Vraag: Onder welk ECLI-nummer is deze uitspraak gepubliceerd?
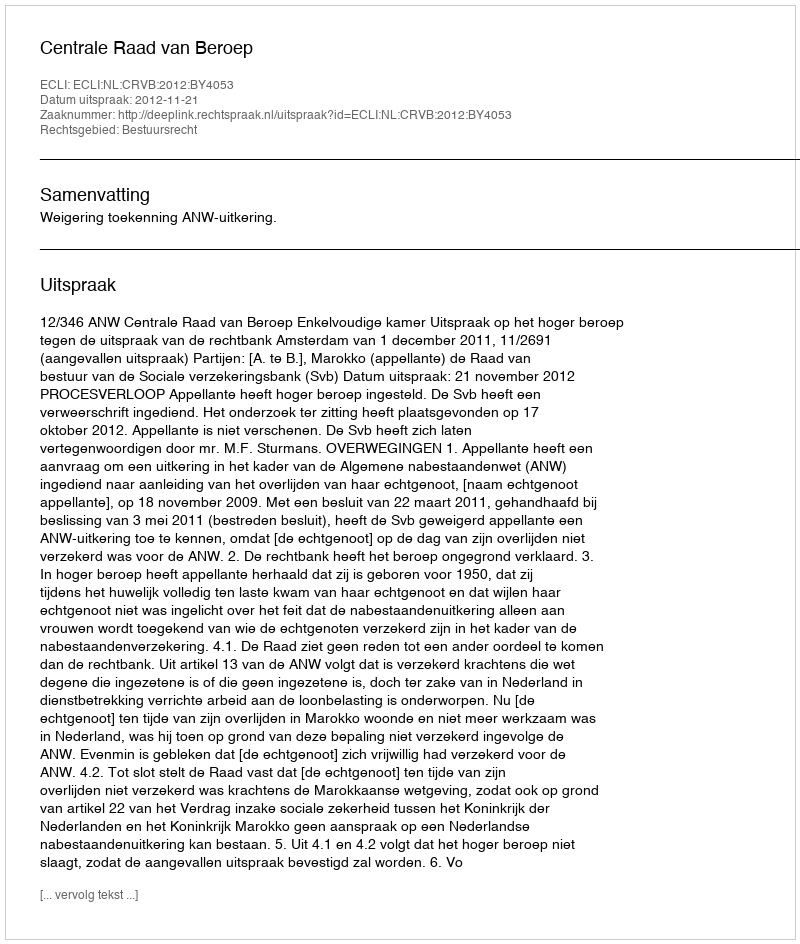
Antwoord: ECLI:NL:CRVB:2012:BY4053